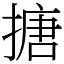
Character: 搪